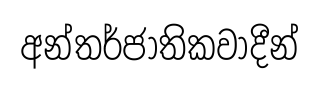
අන්තර්ජාතිකවාදීන්